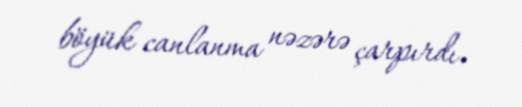
böyük canlanma nəzərə çarpırdı.